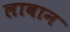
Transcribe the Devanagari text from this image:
लाबान